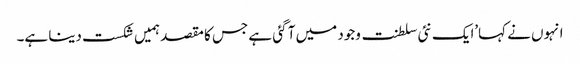
انہوں نے کہا’ایک نئی سلطنت وجود میں آ گئی ہے جس کا مقصد ہمیں شکست دینا ہے۔